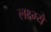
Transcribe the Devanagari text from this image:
लक्ष्म्यै